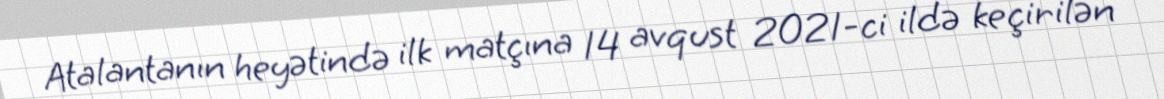
Atalantanın heyətində ilk matçına 14 avqust 2021-ci ildə keçirilən